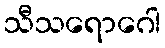
သီသရောဂေါ